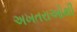
અખતરાઓથી